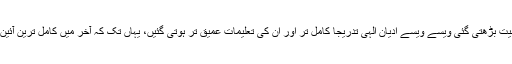
زمانے کے گذرنے کے ساتھ انسان میں جیسے جیسے اعلیٰ تعلیم حاصل کرنے کی صلاحیت بڑھتی گئی ویسے ویسے ادیان الٰہی تدریجا کامل تر اور ان کی تعلیمات عمیق تر ہوتی گئیں، یہاں تک کہ آخر میں کامل ترین آئین الٰہی (اسلام)رونماہوا اور اس کے ظہور کے بعد دین کے کامل ہو نے کا اعلان کردیا گیا۔